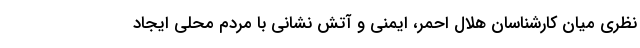
نظری میان کارشناسان هلال احمر، ایمنی و آتش نشانی با مردم محلی ایجاد